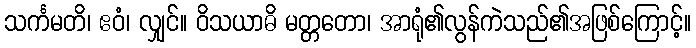
သင်္ကမတိ၊ ဧဝံ၊ လျှင်။ ဝိသယာဓိ မတ္တတော၊ အာရုံ၏လွန်ကဲသည်၏အဖြစ်ကြောင့်။